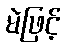
မဲဖြင့်